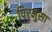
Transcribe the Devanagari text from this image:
पिरमुसा